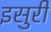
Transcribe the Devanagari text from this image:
इसुरी